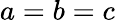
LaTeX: a=b=c